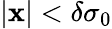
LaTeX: |\mathbf{x}|<\delta\sigma_{0}